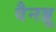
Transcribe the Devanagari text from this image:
वैनब्रू